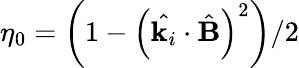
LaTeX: \eta_{0}=\left(1-\left(\hat{\textbf{k}_{i}}\cdot\hat{\textbf{B}}\right)^{2}\right)/2